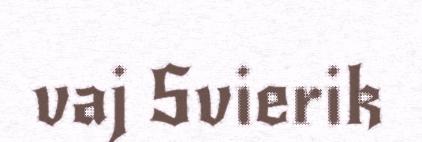
vaj Svierik